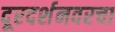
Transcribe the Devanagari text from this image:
दूरदर्शनवरचा